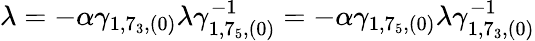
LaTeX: \lambda=-\alpha\gamma_{1,7_{3},(0)}\lambda\gamma_{1,7_{5},(0)}^{-1}=-\alpha\gamma_{1,7_{5},(0)}\lambda\gamma_{1,7_{3},(0)}^{-1}